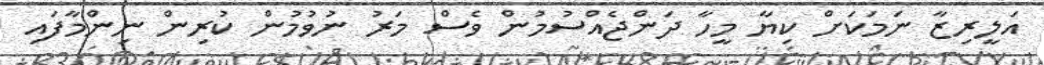
އަލީރިޒާ ނަމަކަށް ކިޔާ މީހާ ދަންޖެއްސުމުން ވެސް މަރު ނުވުމުން ކުރިން ނިންމާފައި